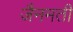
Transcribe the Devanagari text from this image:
जैनमती